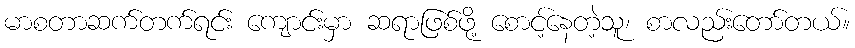
မာစတာဆက်တက်ရင်း ကျောင်းမှာ ဆရာဖြစ်ဖို့ စောင့်နေတဲ့သူ၊ စာလည်းတော်တယ်။